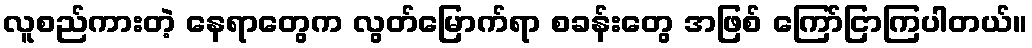
လူစည်ကားတဲ့ နေရာတွေက လွတ်မြောက်ရာ စခန်းတွေ အဖြစ် ကြော်ငြာကြပါတယ်။